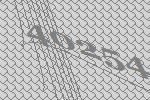
40254